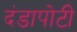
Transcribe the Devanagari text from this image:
दंडापोटी